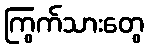
ကြွက်သားတွေ